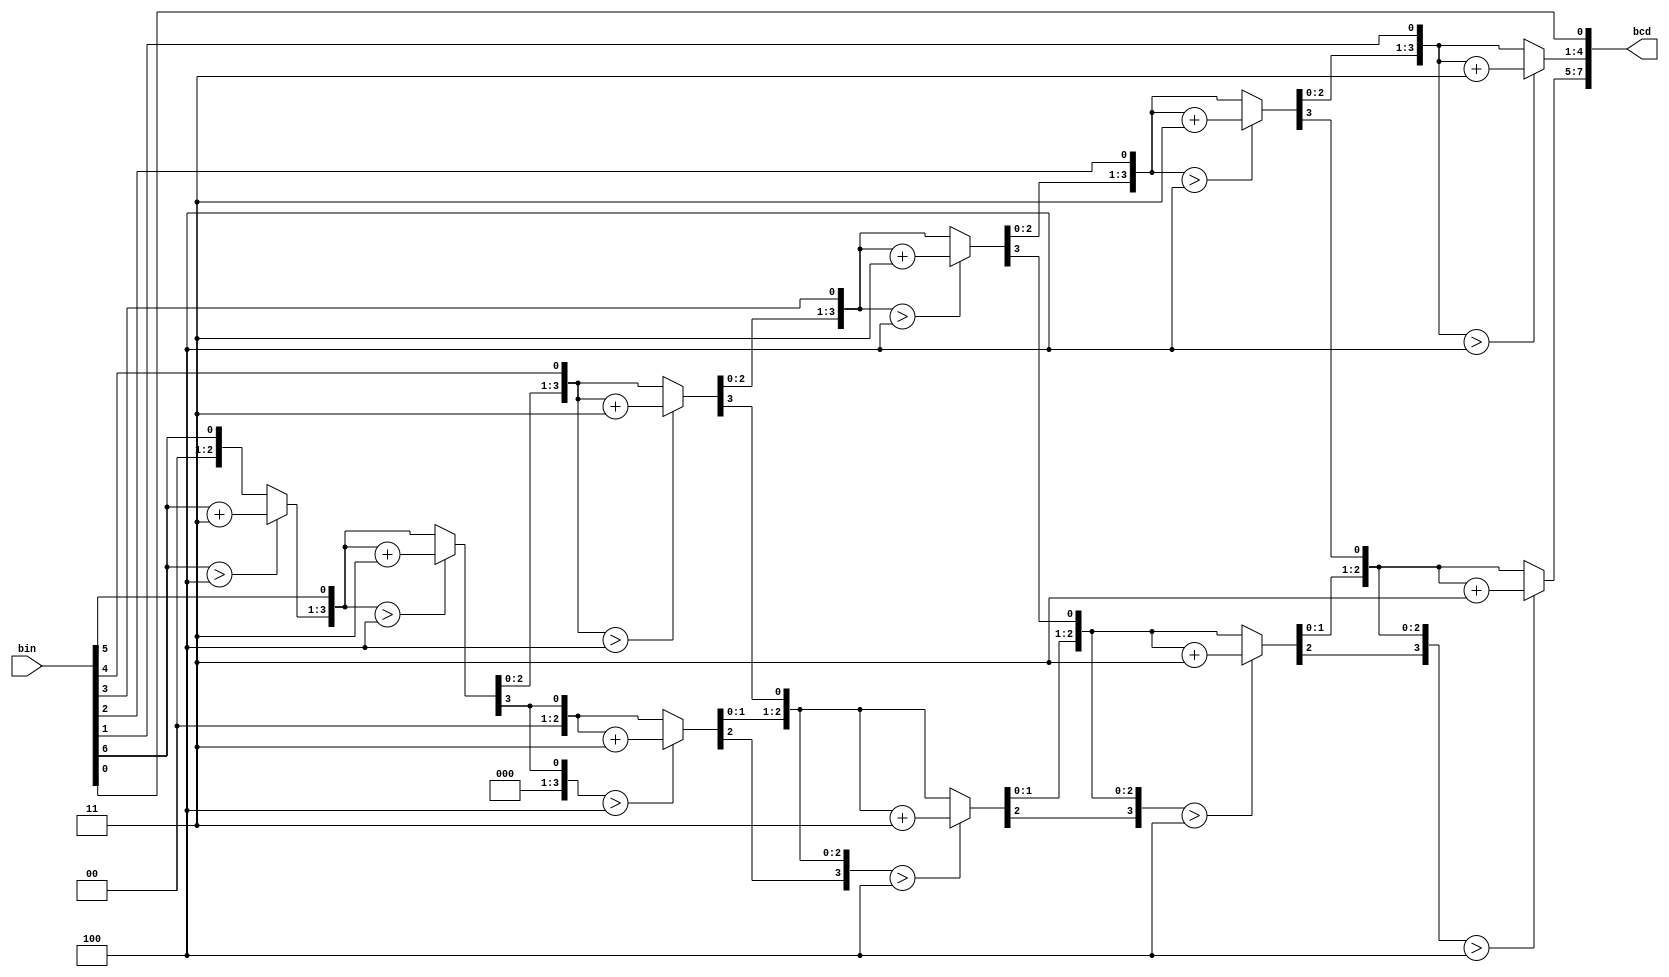
`timescale 1ns / 1ps
//////////////////////////////////////////////////////////////////////////////////
// Company: 
// Engineer: 
// 
// Design Name: 
// Module Name: binary_to_BCD_small
// Project Name: 
// Target Devices: 
// Tool Versions: 
// Description: 
// 
// Dependencies: 
// 
// Revision:
// Revision 0.01 - File Created
// Additional Comments:
// 
//////////////////////////////////////////////////////////////////////////////////


module binary_to_BCD_small(
    input [6:0] bin,
    output reg [7:0] bcd
);
    // Internal variables
    reg [3:0] i;   

    // Initialize bcd to zero at the start of the simulation
    initial begin
        bcd = 8'b0; // Set all bits to zero
    end

    // Always block - implement the Double Dabble algorithm
    always @(bin) begin
        bcd = 0; // Initialize bcd to zero.
        for (i = 0; i < 7; i = i + 1) begin // Run for 7 iterations
            bcd = {bcd[6:0], bin[6-i]}; // Concatenation
                    
            // If a hex digit of 'bcd' is more than 4, add 3 to it.  
            if(i < 6 && bcd[3:0] > 4) 
                bcd[3:0] = bcd[3:0] + 3;
            if(i < 6 && bcd[7:4] > 4)
                bcd[7:4] = bcd[7:4] + 3;
        end
    end     
endmodule